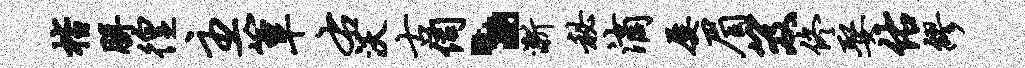
楷胼徨主簟右沃古伺丶渐秘滴屡眉笈佟娶佑缪